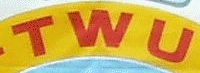
TWU